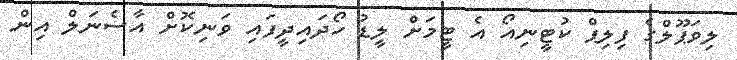
ލިވަޕޫލްގެ ފިލިޕް ކުޓީނިއޯ އެ ޓީމަށް ލީޑު ހޯދައިދީފައި ވަނިކޮށް އާސެނަލް އިން